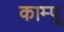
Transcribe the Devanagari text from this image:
काम्पू